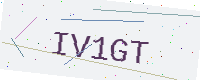
Text: IV1GT